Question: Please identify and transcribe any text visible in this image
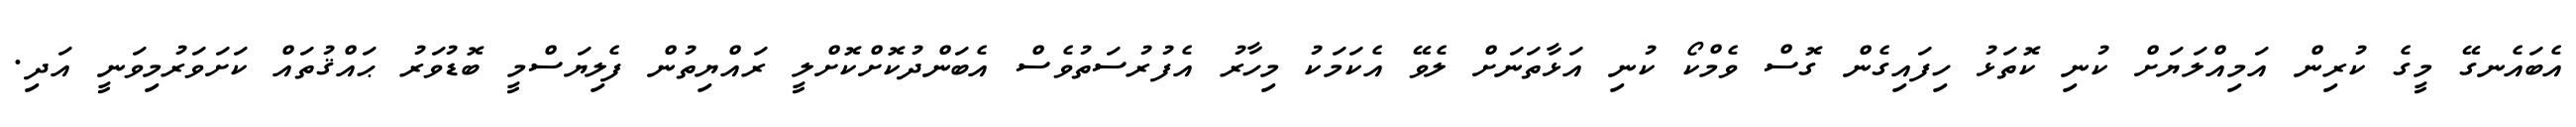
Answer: އެބައެނގޭ މީގެ ކުރިން އަމިއްލަޔަށް ކުނި ކޮތަޅު ހިފައިގެން ގޮސް ވެމްކޯ ކުނި އަޅާތަނަށް ލެވޭ އެކަމަކު މިހާރު އެފުރުސަތުވެސް އެބަންދުކޮށްކޮށްލީ ރައްޔިތުން ފެލިޔަސްމީ ބޮޑުވަރު ޙައްޤުތައް ކަށަވަރުމިވަނީ އަދި.